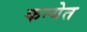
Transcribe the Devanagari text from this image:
कन्येत